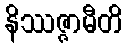
နိဿဇ္ဇာမီတိ